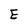
Character: E